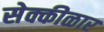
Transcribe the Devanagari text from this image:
सेक्कीळार